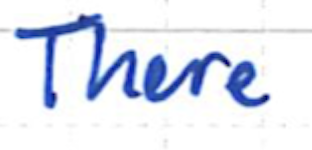
Text: There
Cross-out: clean
Writing tool: ballpoint